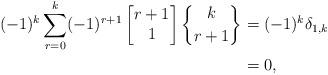
LaTeX: \begin{align*}(-1)^{k}\displaystyle \sum_{r=0}^{k} (-1)^{r+1}\begin{bmatrix}r+1\\1\end{bmatrix}\genfrac{\{}{\}}{0pt}{}{k}{r+1}&=(-1)^k \delta_{1,k}\\&=0,\end{align*}